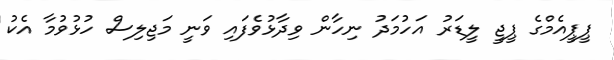
ޕީޕީއެމްގެ ޕީޖީ ލީޑަރު އަހުމަދު ނިހާން ވިދާޅުވެފައި ވަނީ މަޖިލިސް ހުޅުވުމާ އެކު